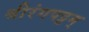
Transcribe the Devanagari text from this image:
श्रीरंगपट्टम्